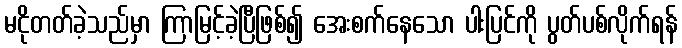
မငိုတတ်ခဲ့သည်မှာ ကြာမြင့်ခဲ့ပြီဖြစ်၍ အေးစက်နေသော ပါးပြင်ကို ပွတ်ပစ်လိုက်ရန်